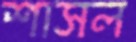
শাসল